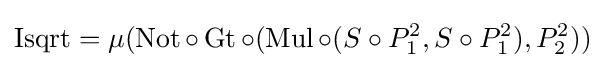
\operatorname {Isqrt} =\mu (\operatorname {Not} \circ \operatorname {Gt} \circ (\operatorname {Mul} \circ (S\circ P_{1}^{2},S\circ P_{1}^{2}),P_{2}^{2}))